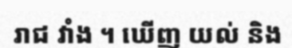
រាជ វាំង ។ ឃើញ យល់ និង